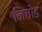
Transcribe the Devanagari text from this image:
निचोड